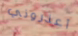
أعذروني